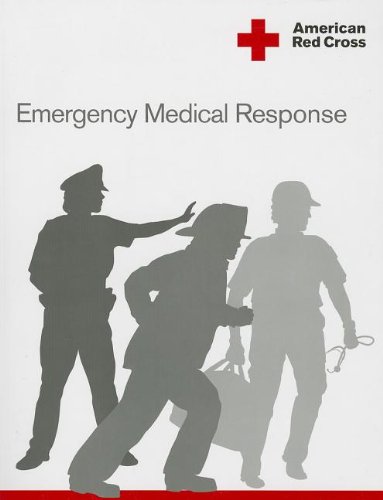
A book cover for American Red Cross Emergency Medical Response Participant's Manual; Health, Fitness & Dieting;